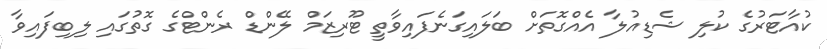
ކުއާޓަރުގެ ކުލި ޝެޑިއުލާ އެއްގޮތަށް ބަލައިގަނެފައިވާތީ ޓޫރިޒަމް ލޭންޑް ރެންޓްގެ ގޮތުގައި ލިބިފައިވާ